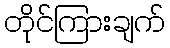
တိုင်ကြားချက်